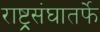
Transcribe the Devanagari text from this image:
राष्ट्र्रसंघातर्फे